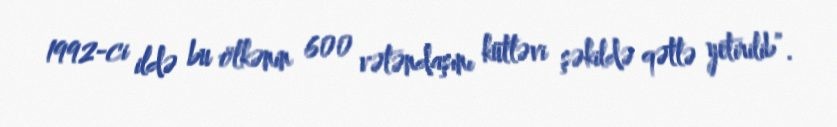
1992-ci ildə bu ölkənin 600 vətəndaşını kütləvi şəkildə qətlə yetirilib”.